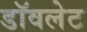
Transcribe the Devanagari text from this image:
डॉवलेट